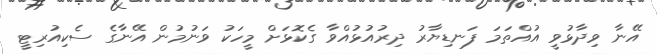
އޭނާ ވިދާޅުވީ އުއްތަމަ ފަނޑިޔާރު ދިރުއުޅުއްވާ ގެކޮޅަށް މީހަކު ވަނުމުން އޭނާގެ ސެކިއުރިޓީ